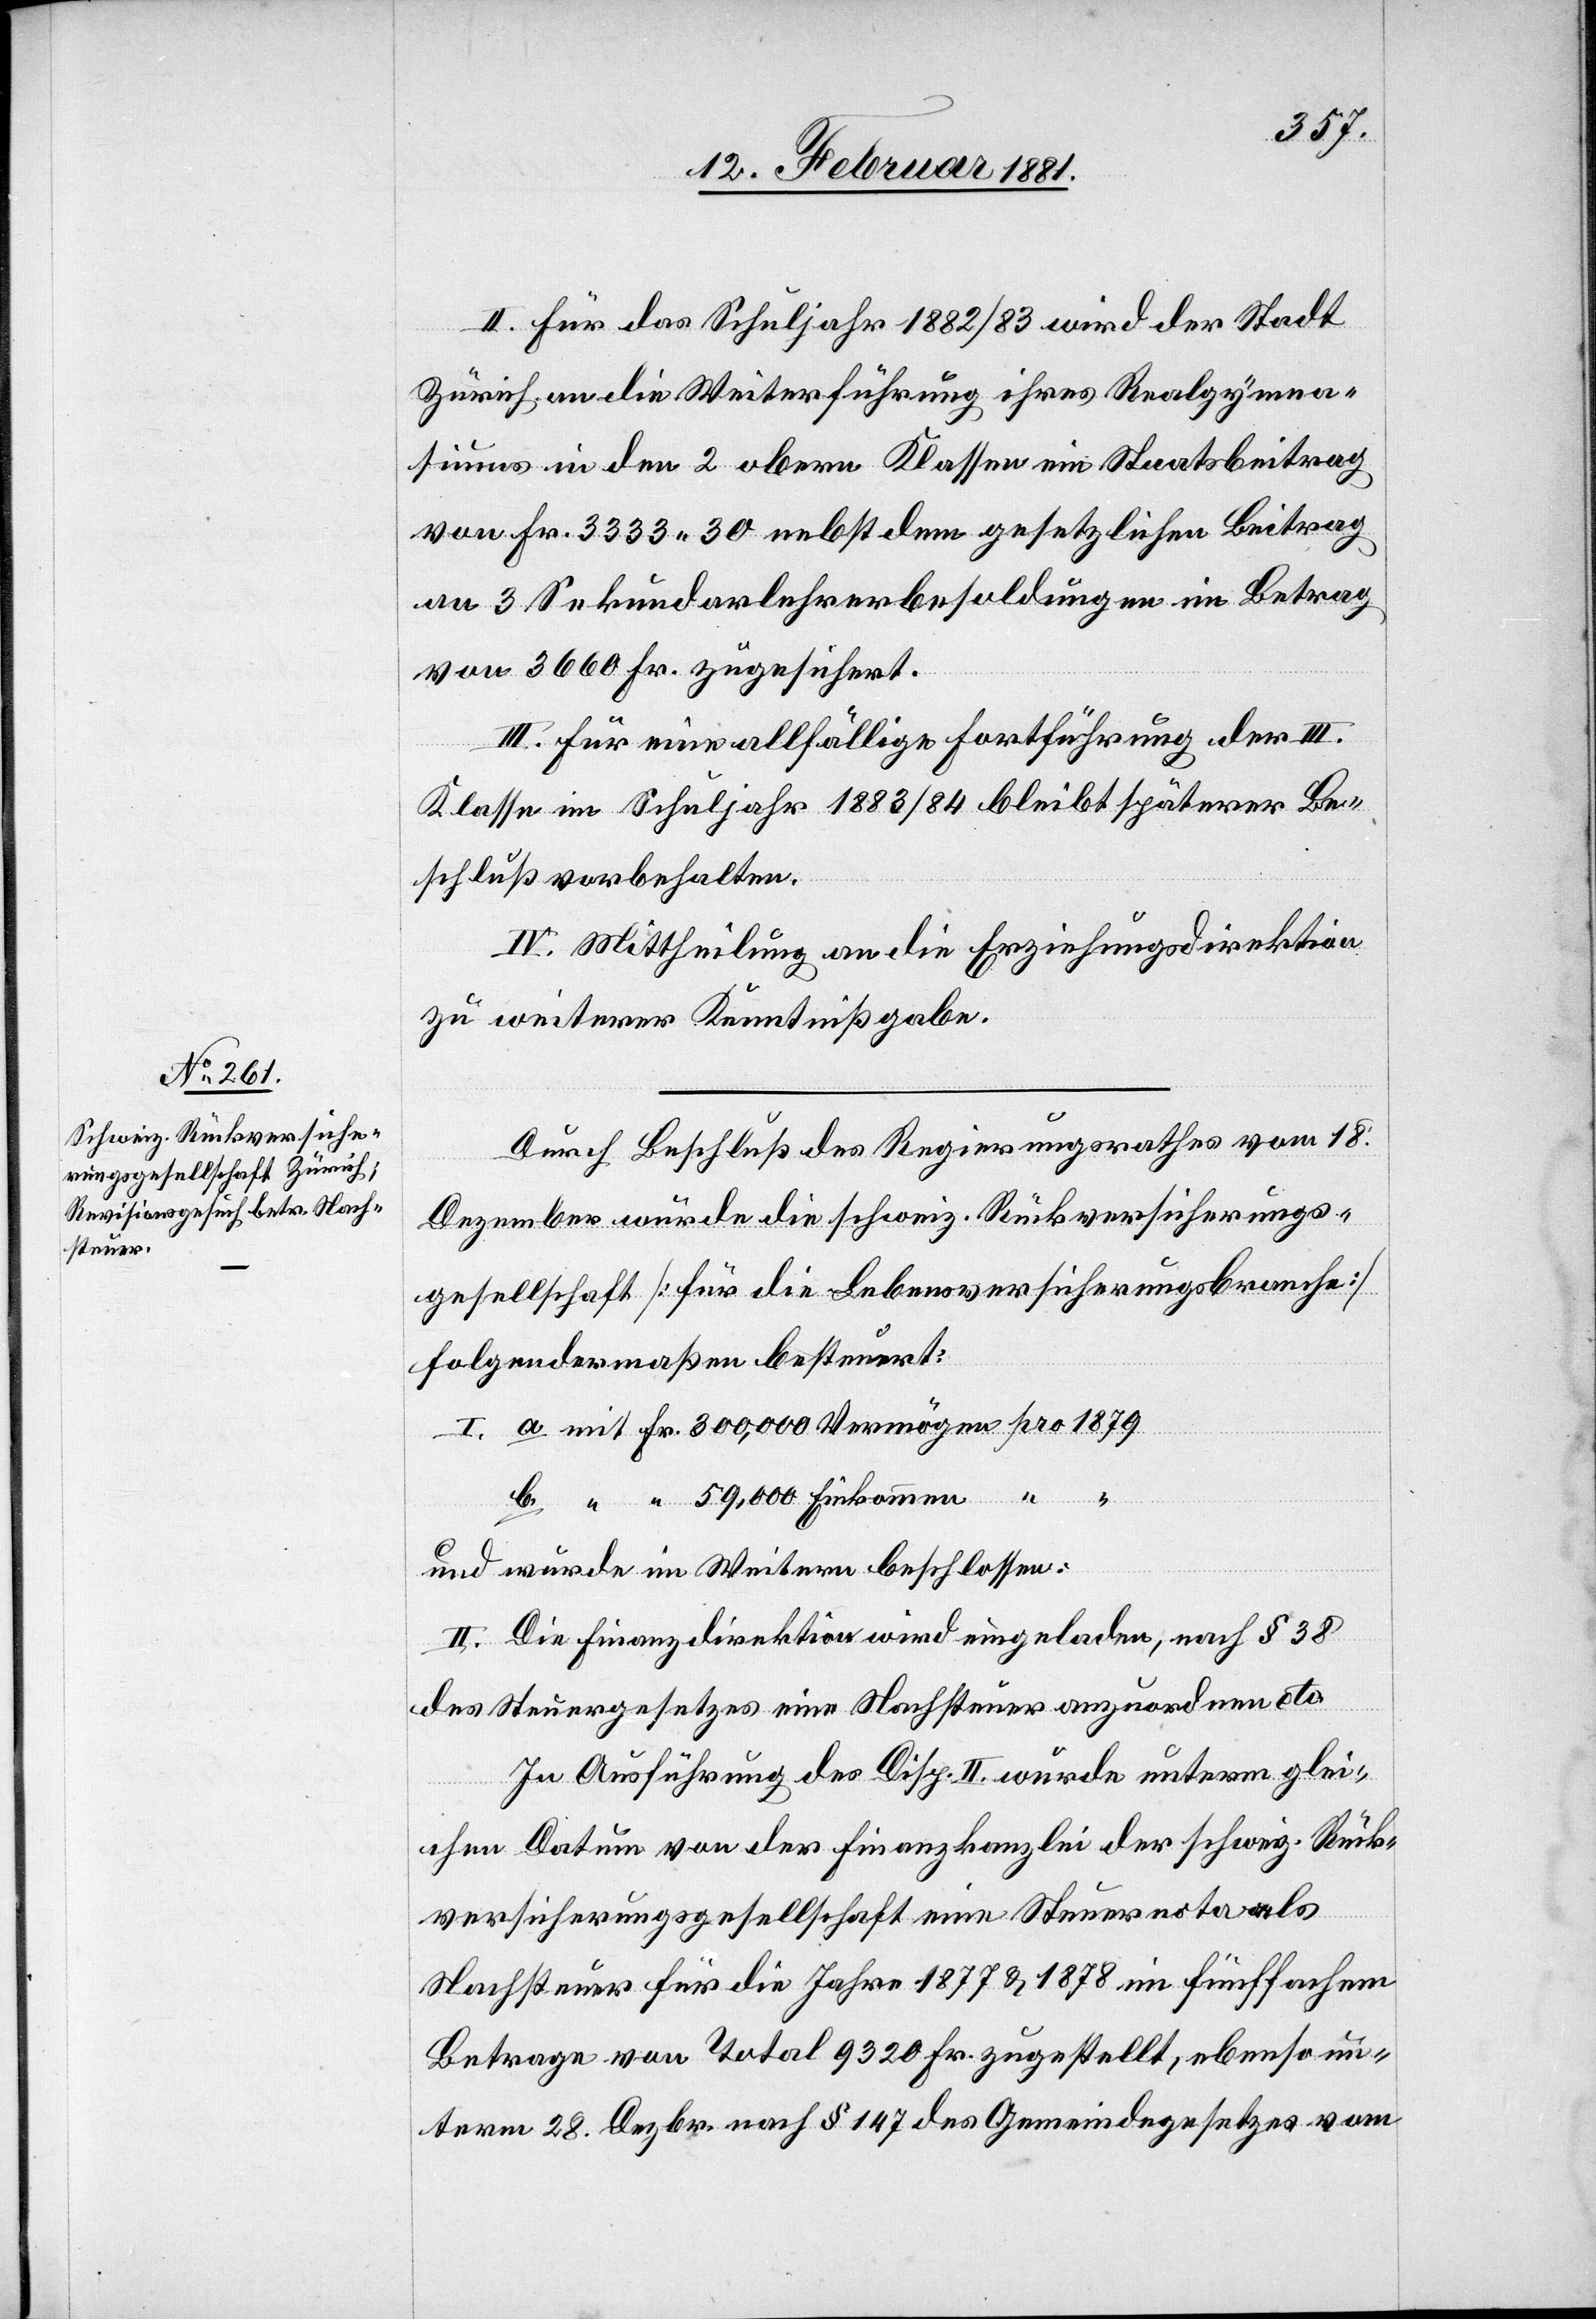
II. Für das Schuljahr 1882/83 wird der Stadt
Zürich, an die Weiterführung ihres Realgymna¬
siums in den 2 obern Klassen ein Staatsbeitrag
von Fr. 3333 30 nebst dem gesetzlichen Beitrag
an 3 Sekundarlehrerbesoldungen im Betrag
von 3660 Fr. zugesichert.
III. Für eine allfällige Fortführung der III.
Klasse im Schuljahr 1883/84 bleibt späterer Be¬
schluß vorbehalten.
IV. Mittheilung an die Erziehungsdirektion
zu weiterer Kenntnißgabe.
Durch Beschluß des Regierungsrathes vom 18.
Dezember wurde die schweiz. Rückversicherungs¬
gesellschaft [für die Lebensversicherungsbranche]
folgendermaßen besteuert:
und wurde im Weitern beschlossen:
II. Die Finanzdirektion wird eingeladen, nach § 38
des Steuergesetzes eine Nachsteuer anzuordnen etc.
In Ausführung des Disp. II wurde unterm glei¬
chen Datum von der Finanzkanzlei der schweiz. Rück¬
“
versicherungsgesellschaft eine Steuernota als
Nachsteuer für die Jahre 1877 & 1878 im fünffachem
Betrage von Total 9320 Fr. zugestellt, ebenso un¬
term 28. Dezbr. nach § 147 des Gemeindegesetzes vom